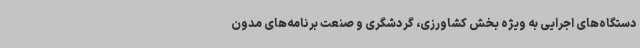
دستگاه‌های اجرایی به ویژه بخش کشاورزی، گردشگری و صنعت برنامه‌های مدون